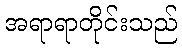
အရာရာတိုင်းသည်